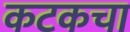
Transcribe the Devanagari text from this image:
कटकचा